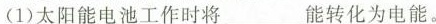
(1)太阳能电池工作时将___能转化为电能。